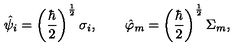
\hat { \psi } _ { i } = \left( \frac { \hbar } { 2 } \right) ^ { \frac { 1 } { 2 } } \sigma _ { i } , \quad \quad \hat { \varphi } _ { m } = \left( \frac { \hbar } { 2 } \right) ^ { \frac { 1 } { 2 } } \Sigma _ { m } ,